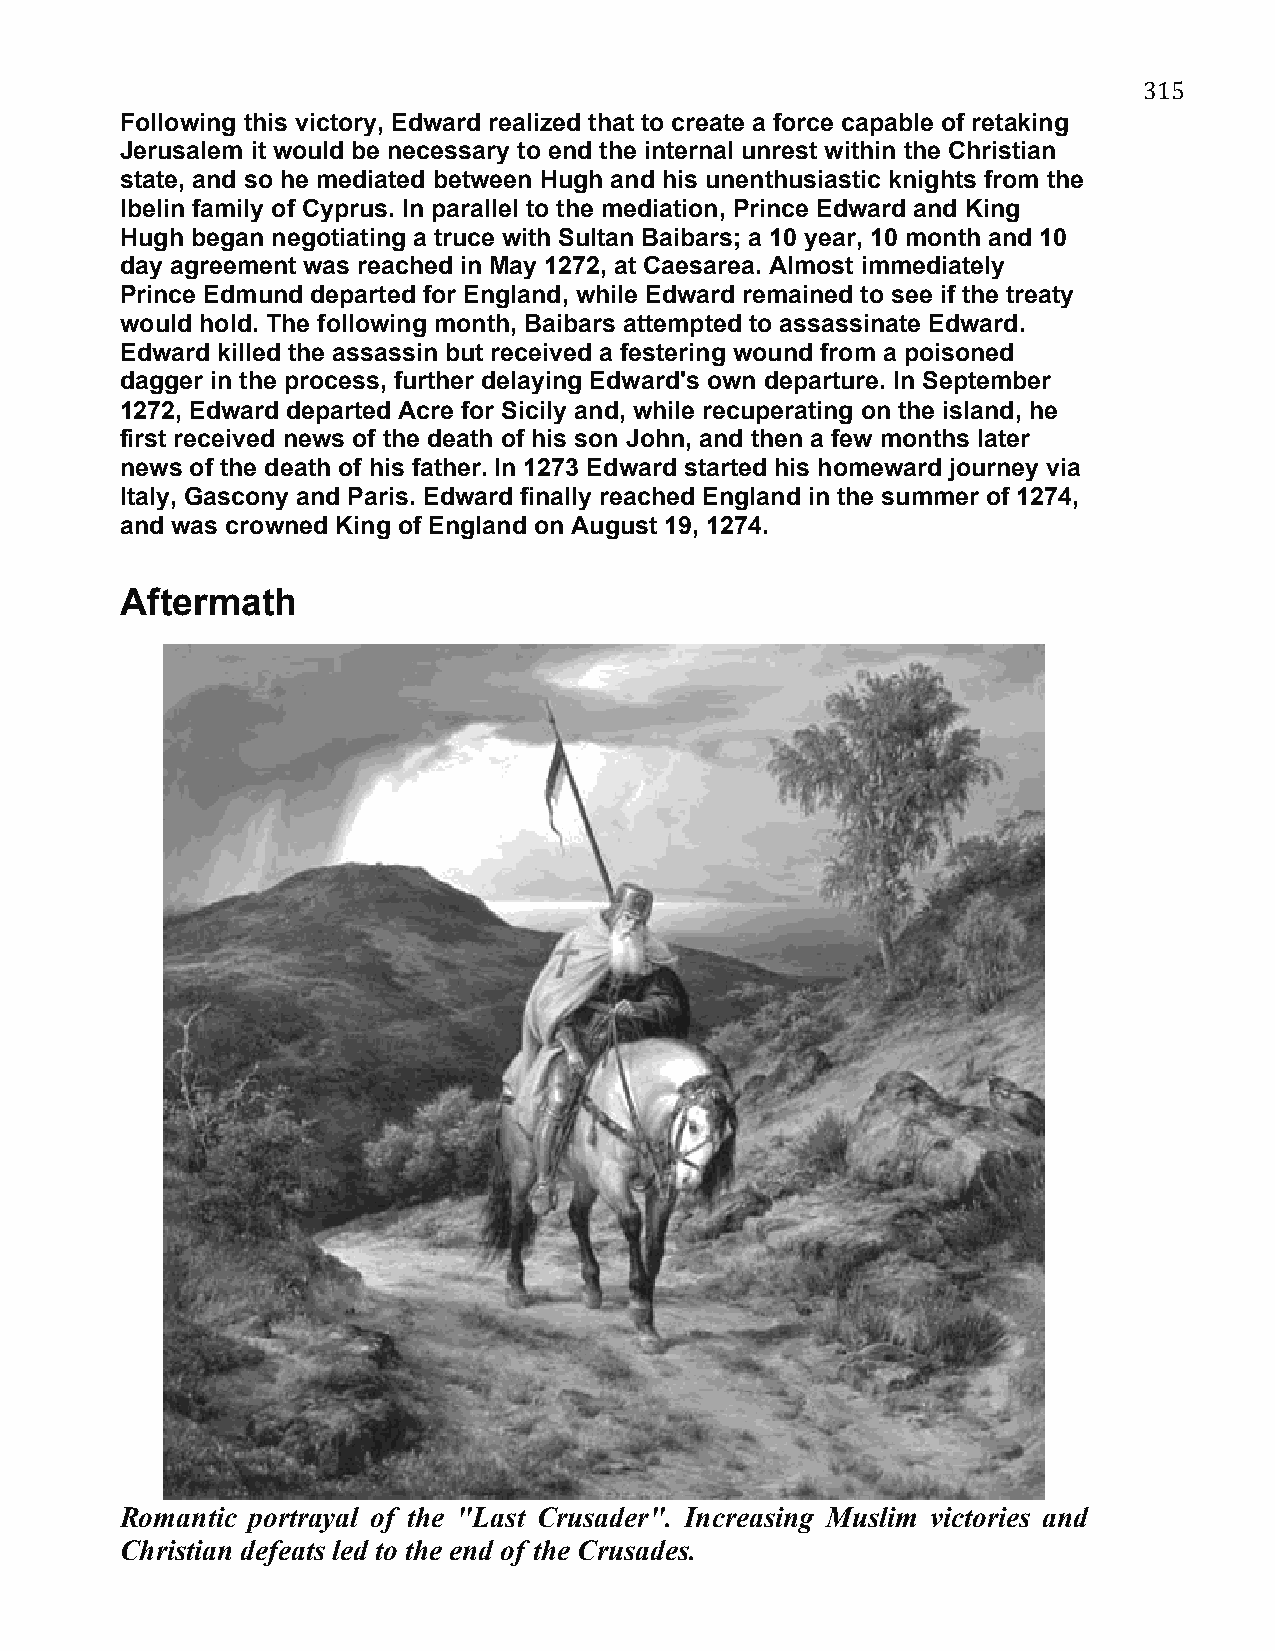
315
 Following this victory, Edward realized that to create a force capable of retaking
 Jerusalem it would be necessary to end the internal unrest within the Christian
 state, and so he mediated between Hugh and his unenthusiastic knights from the
 Ibelin family of Cyprus. In parallel to the mediation, Prince Edward and King
 Hugh began negotiating a truce with Sultan Baibars; a 10 year, 10 month and 10
 day agreement was reached in May 1272, at Caesarea. Almost immediately
 Prince Edmund departed for England, while Edward remained to see if the treaty
 would hold. The following month, Baibars attempted to assassinate Edward.
 Edward killed the assassin but received a festering wound from a poisoned
 dagger in the process, further delaying Edward's own departure. In September
 1272, Edward departed Acre for Sicily and, while recuperating on the island, he
 first received news of the death of his son John, and then a few months later
 news of the death of his father. In 1273 Edward started his homeward journey via
 Italy, Gascony and Paris. Edward finally reached England in the summer of 1274,
 and was crowned King of England on August 19, 1274.
 Aftermath
 Romantic portrayal of the "Last Crusader". Increasing Muslim victories and
 Christian defeats led to the end of the Crusades.